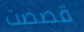
قصصت